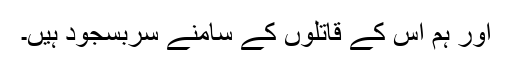
اور ہم اس کے قاتلوں کے سامنے سربسجود ہیں۔